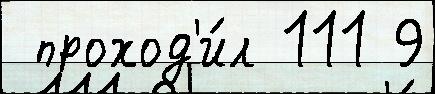
 проход'и́л 111 9